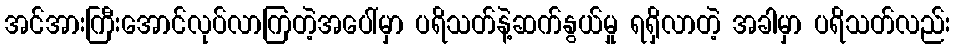
အင်အားကြီးအောင်လုပ်လာကြတဲ့အပေါ်မှာ ပရိသတ်နဲ့ဆက်နွယ်မှု ရရှိလာတဲ့ အခါမှာ ပရိသတ်လည်း